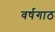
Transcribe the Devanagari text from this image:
वर्षगाठ